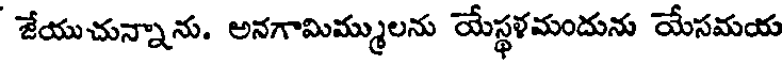
జేయుచున్నాను. అనగామిమ్ములను యేస్థళమందును యేసమయ